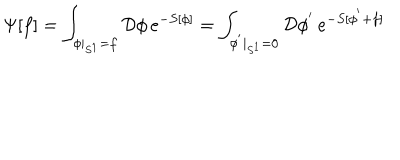
LaTeX: \Psi [ f ] = \int _ { \phi | _ { S ^ { 1 } } = f } { \cal D } \phi \, e ^ { - S [ \phi ] } = \int _ { \phi ^ { ' } | _ { S ^ { 1 } } = 0 } { \cal D } \phi ^ { ' } \, e ^ { - S [ \phi ^ { ' } + f ] }